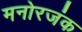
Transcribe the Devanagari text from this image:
मनोरजंक